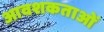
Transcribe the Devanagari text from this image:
आवशकताओं